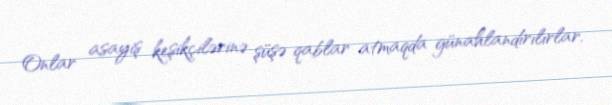
Onlar asayiş keşikçilərinə şüşə qablar atmaqda günahlandırılırlar.